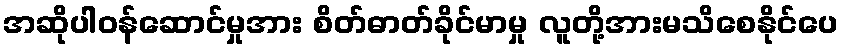
အဆိုပါဝန်ဆောင်မှုအား စိတ်ဓာတ်ခိုင်မာမှု လူတို့အားမသိစေနိုင်ပေ